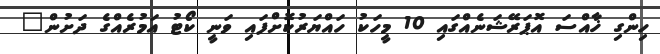
ހިންގި ޚާއްސަ އޮޕަރޭޝަނެއްގައި 10 މީހަކު ހައްޔަރުކޮށްފައި ވަނީ ކޯޓު އަމުރެއްގެ ދަށުން"